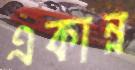
একান্ন